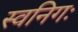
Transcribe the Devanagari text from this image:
स्वनिगः